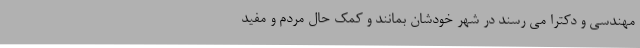
مهندسی و دکترا می رسند در شهر خودشان بمانند و کمک حال مردم و مفید